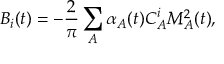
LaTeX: B _ { i } ( t ) = - \frac { 2 } { \pi } \sum _ { A } \alpha _ { A } ( t ) C _ { A } ^ { i } M _ { A } ^ { 2 } ( t ) ,